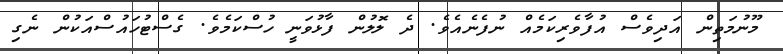
މޫނުމަތިން އަދިވެސް އުފާވެރިކަމެއް ނުފެނެއެވެ. ދެ ލޮލުން ފާޅުވަނީ ހުސްކަމެވެ. ގެސްޓުހައުސްއަކުން ނެގި